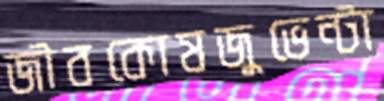
জীবকোষজুভেন্টা